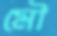
মৌ